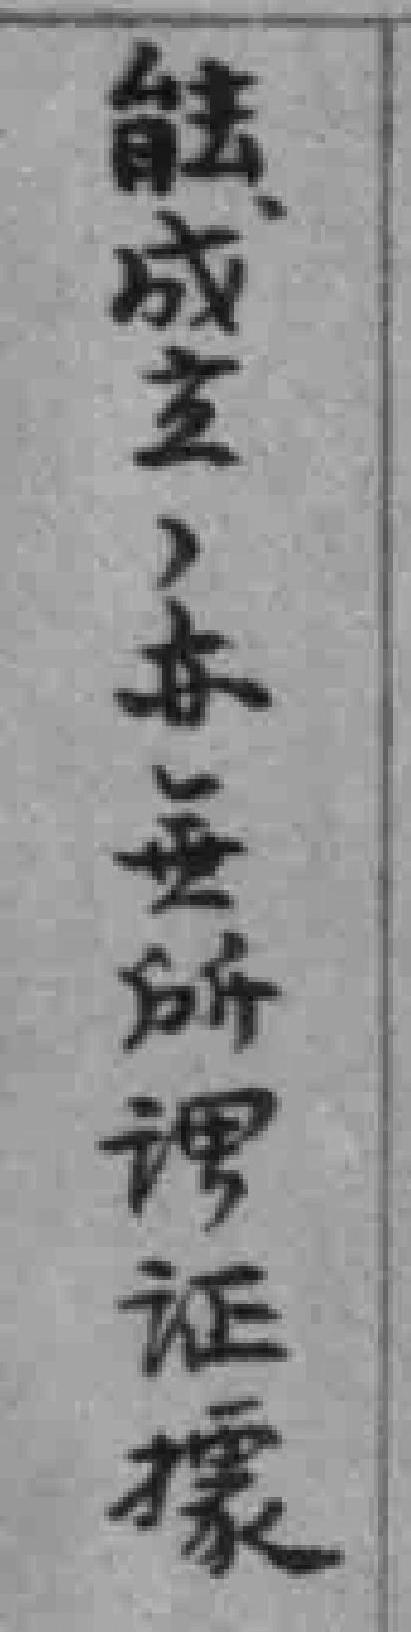
成立，亦無所谓证據